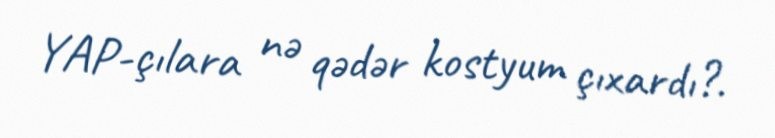
YAP-çılara nə qədər kostyum çıxardı?.